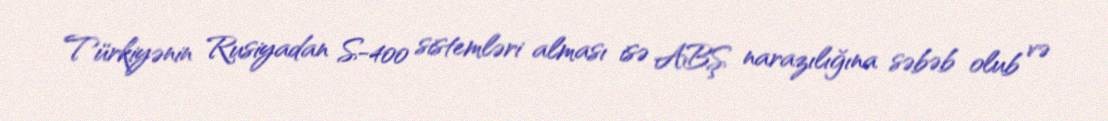
Türkiyənin Rusiyadan S-400 sistemləri alması isə ABŞ narazılığına səbəb olub və